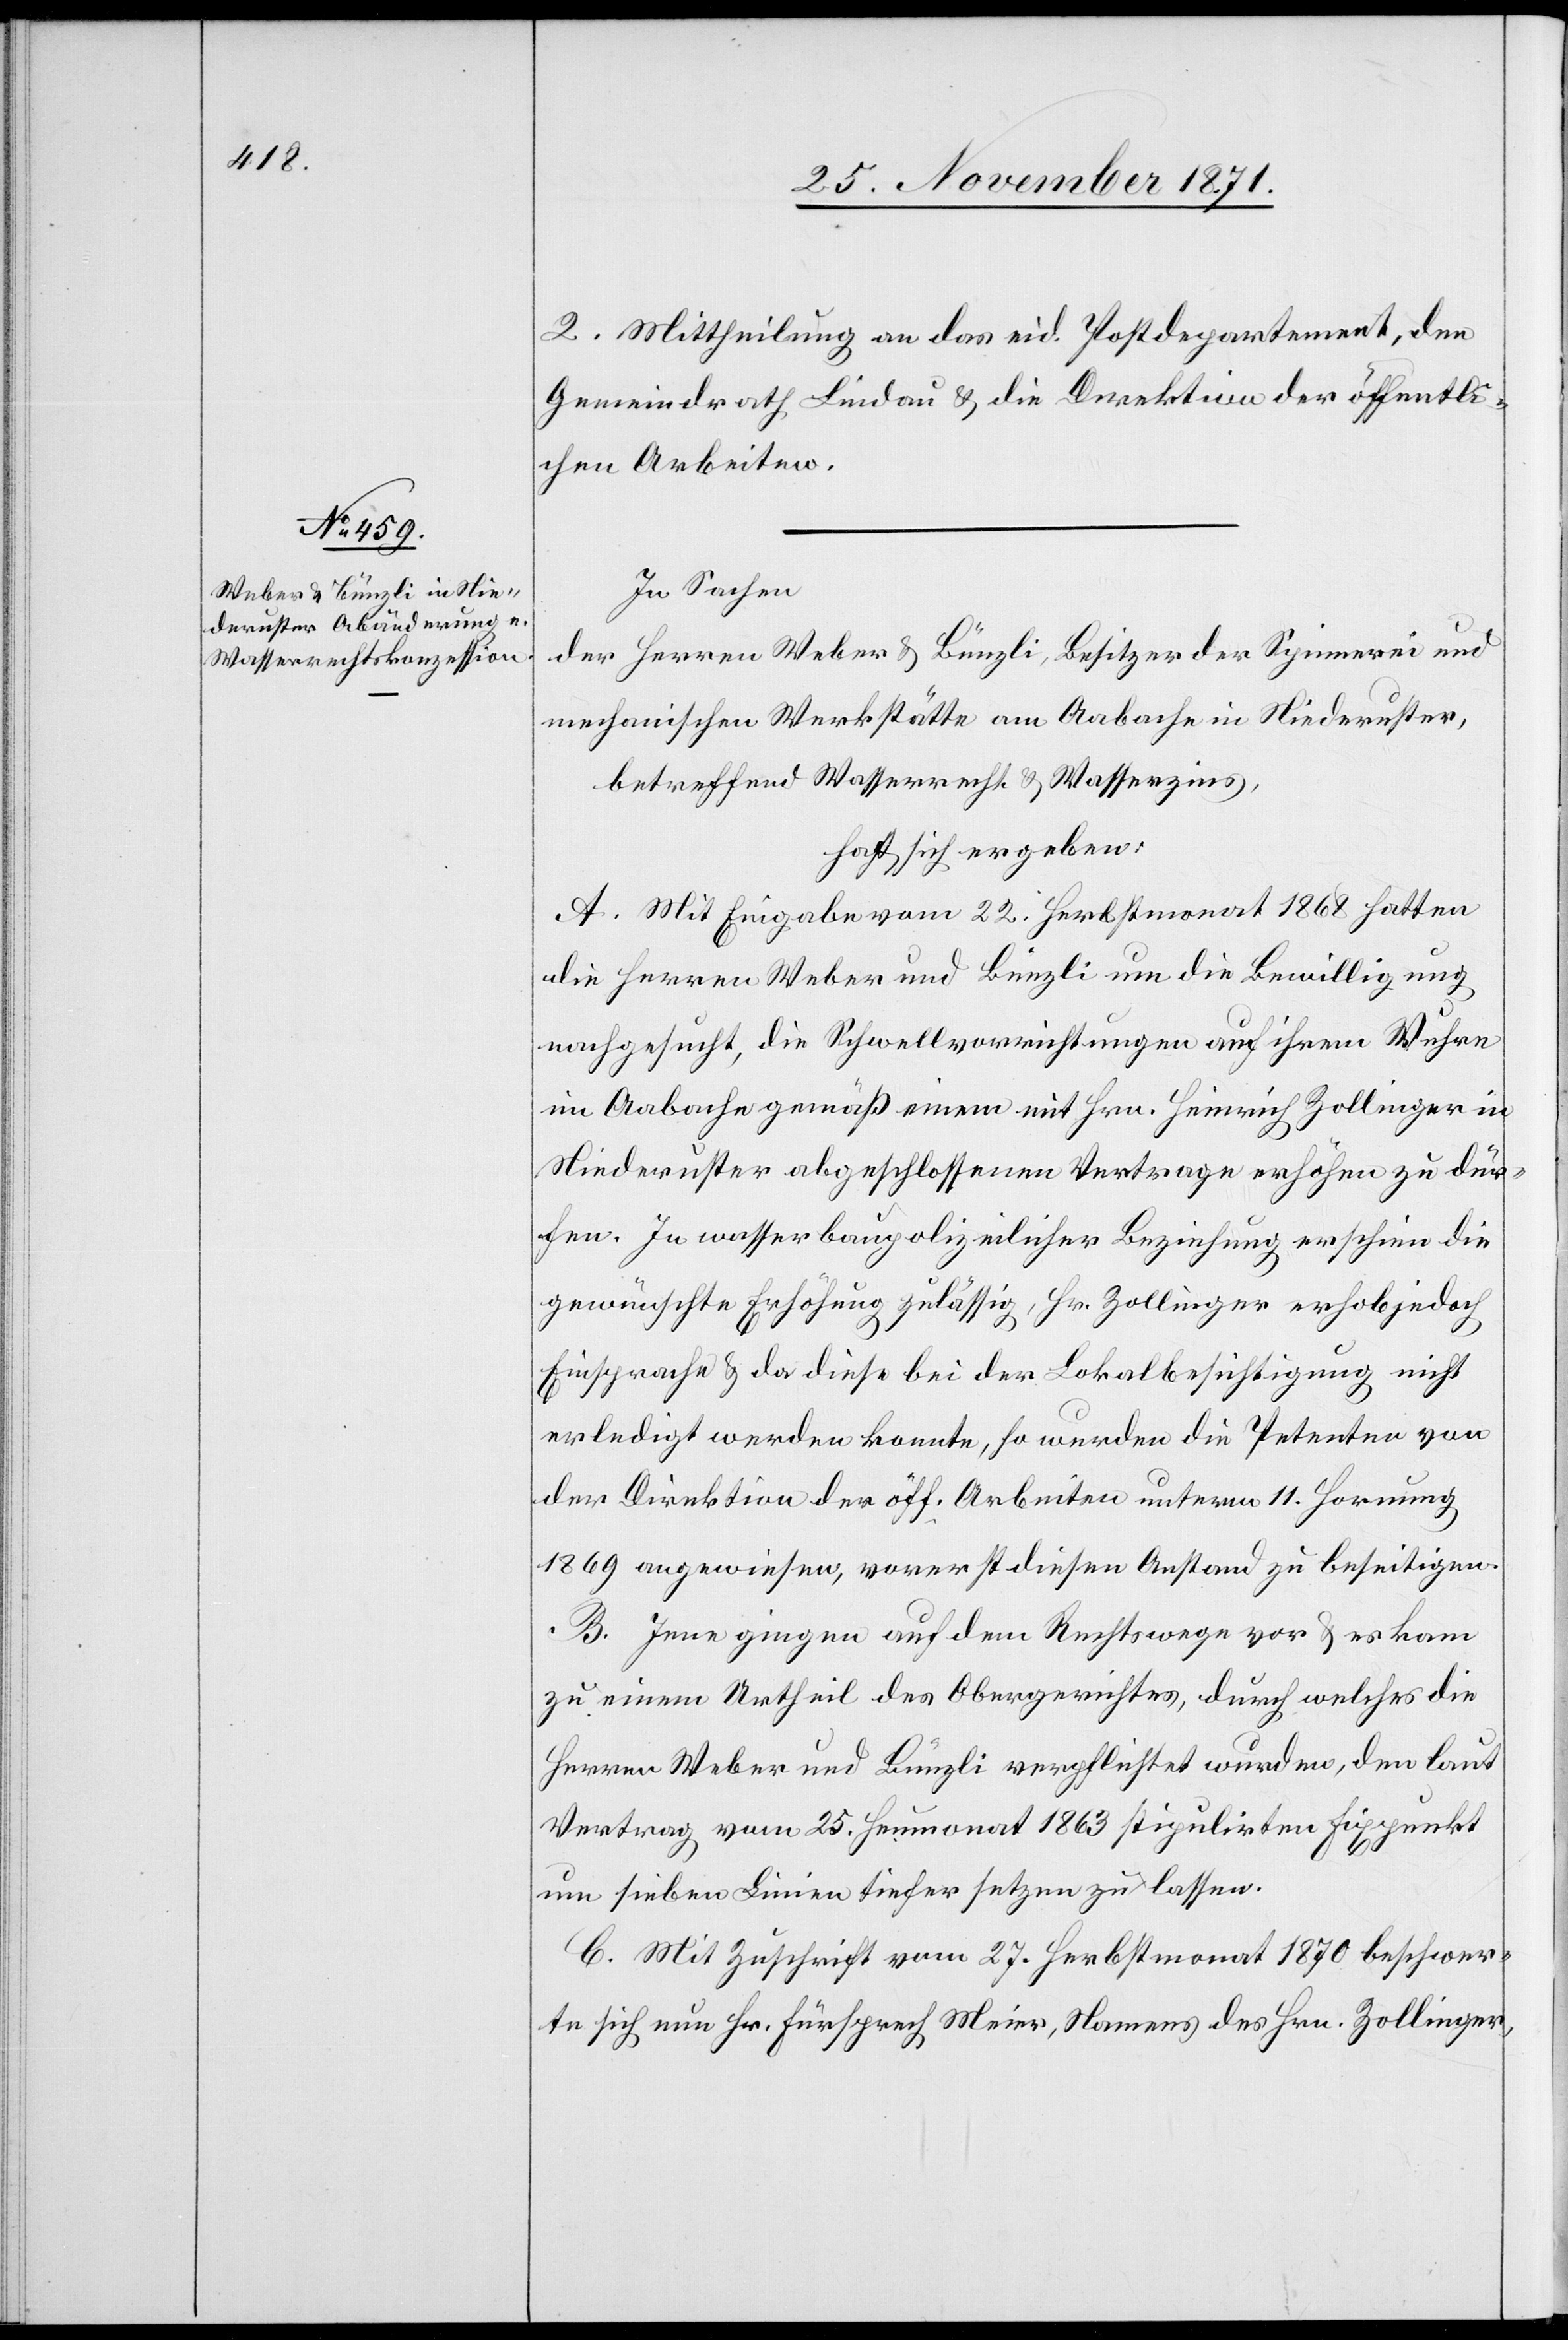
2. Mittheilung an das eid. Postdepartement, den
Gemeindrath Lindau & die Direktion der öffentli¬
chen Arbeiten.
In Sachen
der Herren Weber & Bünzli, Besitzer der Spinnerei und
mechanischen Werkstätte am Aabache in Niederuster,
betreffend Wasserrecht & Wasserzins,
hat sich ergeben:
A. Mit Eingabe vom 22. Herbstmonat 1868 hatten
die Herren Weber und Bünzli um die Bewilligung
nachgesucht, die Schwellvorrichtungen auf ihrem Wuhre
im Aabache gemäß einem mit Hrn. Heinrich Zollinger in
Niederuster abgeschlossenen Vertrage erhöhen zu dür¬
fen. In wasserbaupolizeilicher Beziehung erscheine die
gewünschte Erhöhung zulässig, Hr. Zollinger erhob jedoch
Einsprache & da diese bei der Lokalbesichtigung nicht
erledigt werden konnte, so wurden die Petenten von
der Direktion der öff. Arbeiten unterm 11. Hornung
1869 angewiesen, vorerst diesen Anstand zu beseitigen.
B. Jene gingen auf dem Rechtswege vor & es kam
zu einem Urtheil des Obergerichtes, durch welches die
Herren Weber und Bünzli verpflichtet wurden, den laut
Vertrag vom 25. Heumonat 1863 stipulirten Fixpunkt
um sieben Linien tiefer setzen zu lassen.
C. Mit Zuschrift vom 27. Herbstmonat 1870 beschwer¬
te sich nun Hr. Fürsprech Meier, Namens des Hrn. Zollinger,